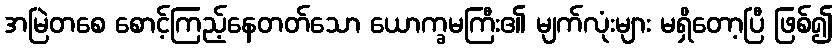
အမြဲတစေ စောင့်ကြည့်နေတတ်သော ယောက္ခမကြီး၏ မျက်လုံးများ မရှိတော့ပြီ ဖြစ်၍